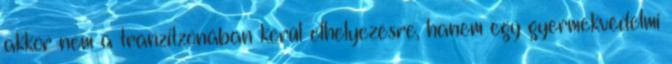
akkor nem a tranzitzónában kerül elhelyezésre, hanem egy gyermekvédelmi